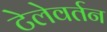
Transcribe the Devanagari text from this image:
टेलेवर्तन